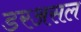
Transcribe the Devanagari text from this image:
डरअसल